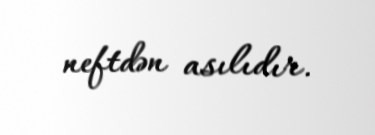
neftdən asılıdır.